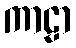
ကာဠာ